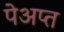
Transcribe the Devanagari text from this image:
पेअप्त